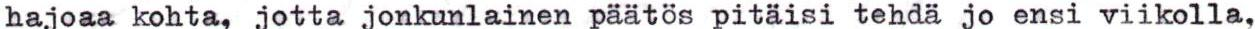
hajoaa kohta, jotta jonkunlainen päätös pitäisi tehdä jo ensi viikolla,